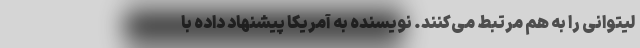
لیتوانی را به هم مرتبط می‌کنند. نویسنده به آمریکا پیشنهاد داده با